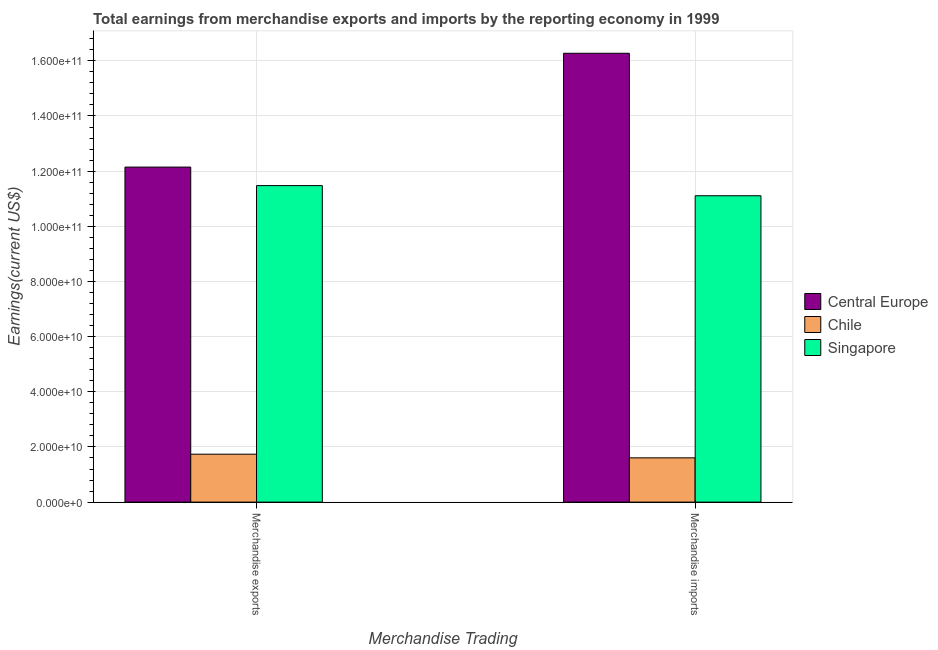
| Merchandise Trading | Central Europe | Chile | Singapore |
 | --- | --- | --- | --- |
 | Merchandise exports | 1.21e+11 | 1.74e+10 | 1.15e+11 |
 | Merchandise imports | 1.63e+11 | 1.61e+10 | 1.11e+11 |